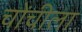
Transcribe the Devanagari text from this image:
चोंचीला